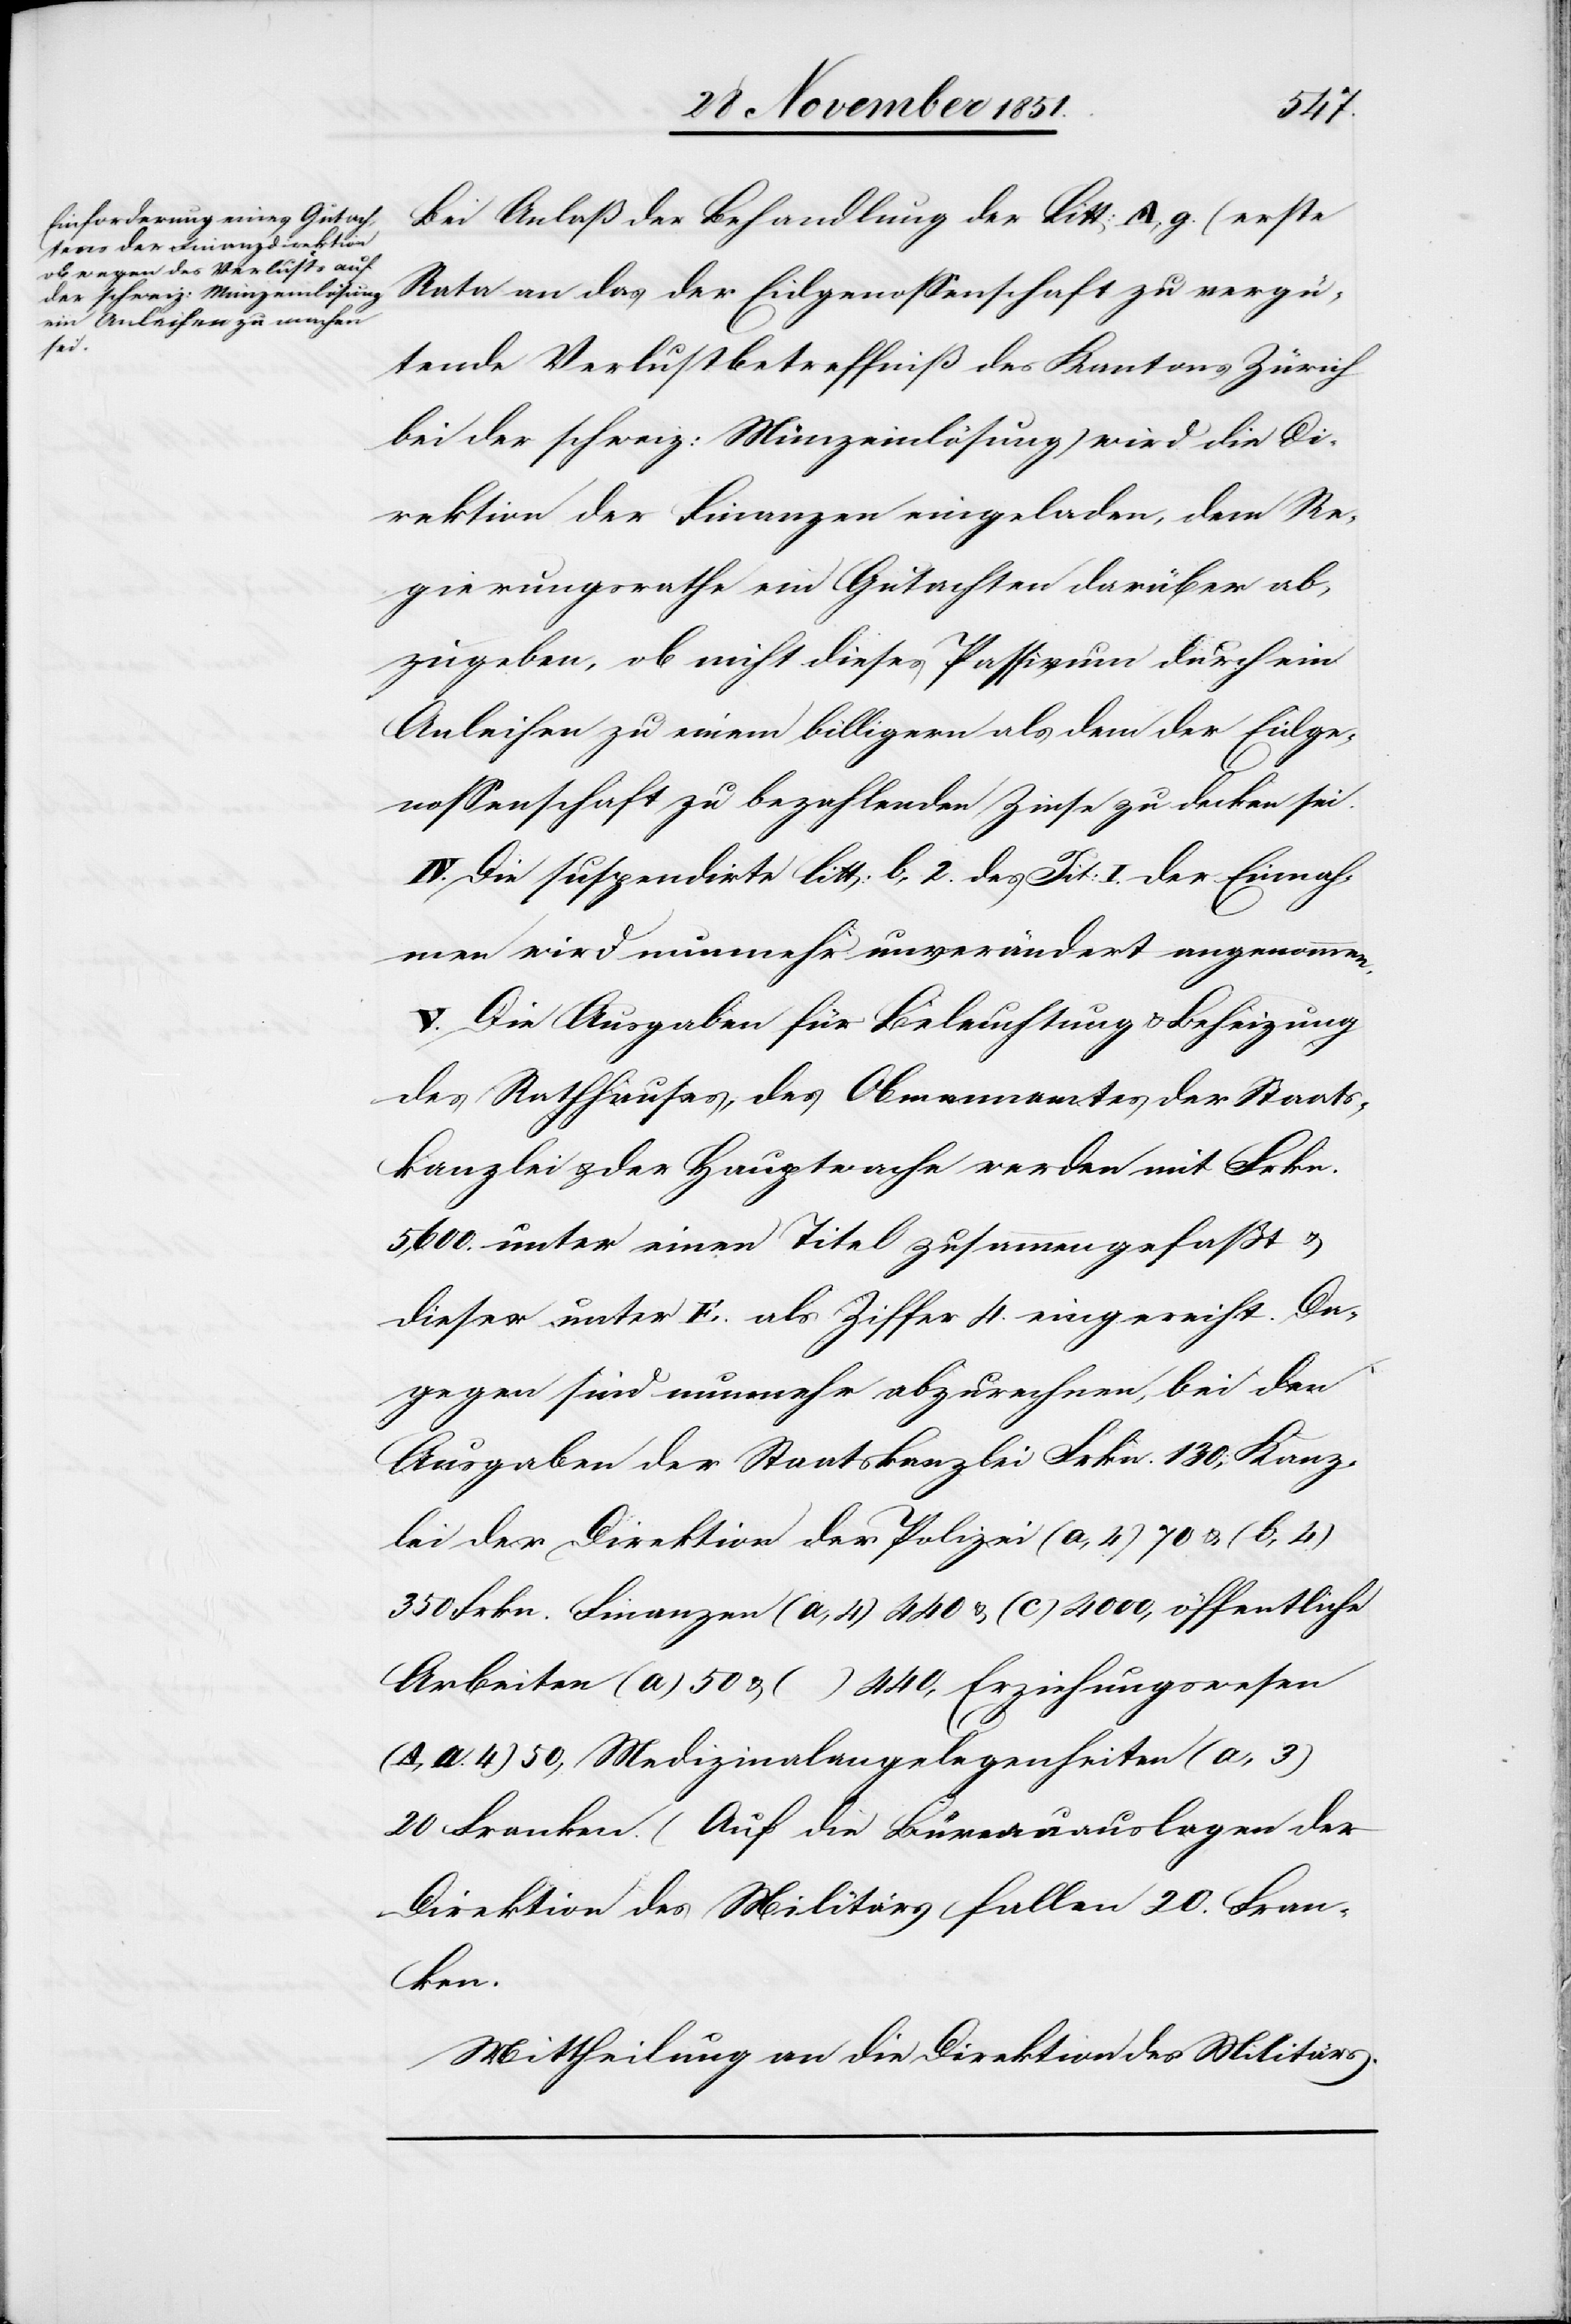
ken.[)]
Bei Anlaß der Behandlung der Litt: A, g. (erste
Rata an das der Eidgenossenschaft zu vergü¬
tende Verlustbetreffniß des Kantons Zürich
bei der schweiz: Münzeinlösung) wird die Di¬
rektion der Finanzen eingeladen, dem Re¬
gierungsrathe ein Gutachten darüber ab¬
zugeben, ob nicht dieses Passivum durch ein
Anleihen zu einem billigern als dem der Eidge¬
nossenschaft zu bezahlenden Zinse zu decken sei.
IV. Die suspendirte litt: b, 2. des Tit: I. der Einnah¬
men wird nunmehr unverändert angenommen.
V. Die Ausgaben für Beleuchtung & Beheizung
des Rathhauses, des Obmannamtes der Staats¬
kanzlei & der Hauptwache werden mit Frkn.
5,600. unter einen Titel zusammengefaßt &
dieser unter E. als Ziffer 4. eingereiht. Da¬
gegen sind nunmehr abzurechnen, bei den
Ausgaben der Staatskanzlei Frkn. 130; Kanz¬
lei der Direktion der Polizei (a, 4) 70 & (b, 4)
350 Frkn. Finanzen (a, 4) 440 & (c) 4000, öffentliche
Arbeiten (a) 50 & (…) 440, Erziehungswesen
(A, a. 4) 50, Medizinalangelegenheiten (a, 3)
20 Franken. (Auf die Büreauauslagen der
Direktion des Militärs fallen 20. Fran¬
Mittheilung an die Direktion des Militärs.